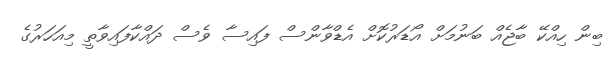
ބިން ހިއްކޭ ބާޖެއް ބަނުމަށް އޯޑަރުކޮށް އެޑްވާންސް ފައިސާ ވެސް ދައްކާފައިވާތީ މިއަހަރުގެ